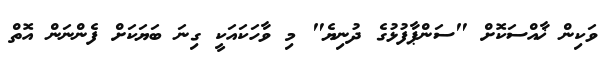
ވަކިން ޚާއްސަކޮށް "ސަންޕާފުޅުގެ ދުނިޔެ" މި ވާހަކައަކީ ގިނަ ބަޔަކަށް ފެންނަން އޮތް